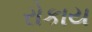
રોકાય